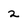
Character: 2